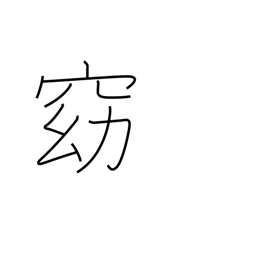
Meaning: quiet